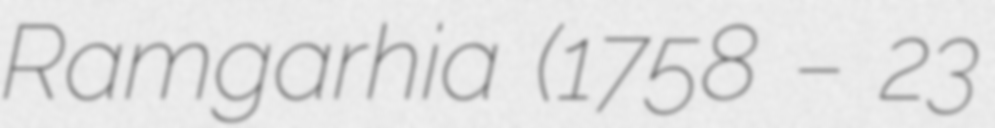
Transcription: Ramgarhia (1758 – 23